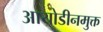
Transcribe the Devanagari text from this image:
आयोडीनमुक्त